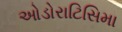
ઓડોરાટિસિમા